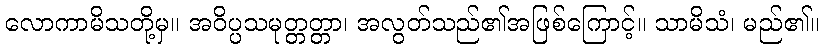
လောကာမိသတို့မှ။ အဝိပ္ပသမုတ္တတ္တာ၊ အလွတ်သည်၏အဖြစ်ကြောင့်။ သာမိသံ၊ မည်၏။